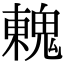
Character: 䰤